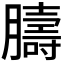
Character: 𦡴